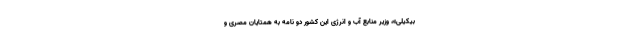
بیکیلی»، وزیر منابع آب و انرژی این کشور دو نامه به همتایان مصری و